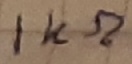
Text: 1KΩ